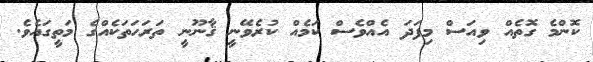
ކޮންމެ ގޮތެއް ވިއަސް މިފަދަ އެއްވެސް ކަމެއް ކުރެވޭނީ ޤާނޫނީ ތަރަހަތަކެއްގެ މަތީގައެވެ.